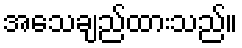
အသေချည်ထားသည်။